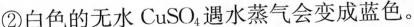
②白色的无水CuSO_{4}，遇水蒸气会变成蓝色。